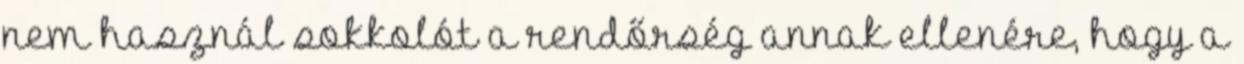
nem használ sokkolót a rendőrség annak ellenére, hogy a